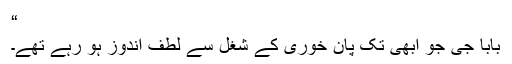
“
بابا جی جو ابھی تک پان خوری کے شغل سے لطف اندوز ہو رہے تھے۔